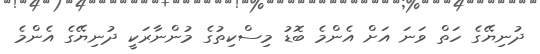
ދުނިޔޭގެ ހަތް ވަނަ އަށް އެންމެ ބޮޑު މިސްކިތުގެ މުންނާރަކީ ދުނިޔޭގެ އެންމެ